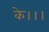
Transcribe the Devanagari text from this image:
के।।।